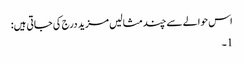
اس حوالے سے چند مثالیں مزید درج کی جاتی ہیں:
1۔